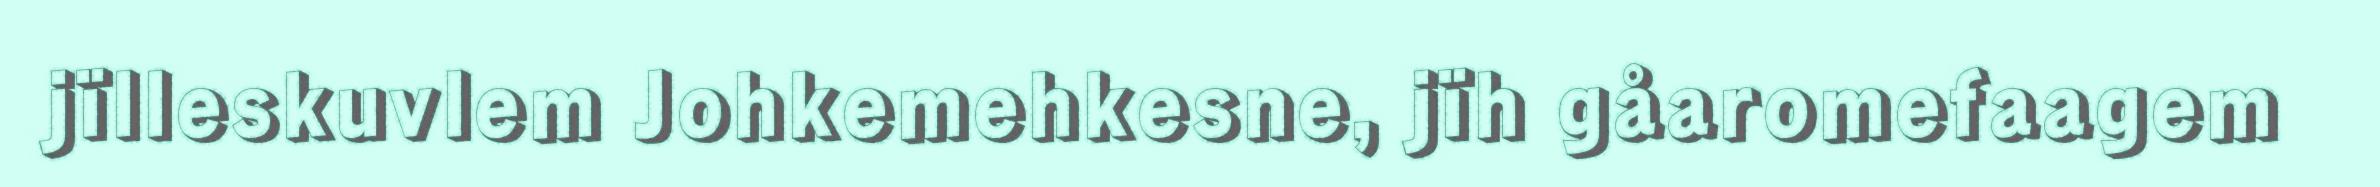
jïlleskuvlem Johkemehkesne, jïh gåaromefaagem